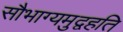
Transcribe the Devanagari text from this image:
सौभाग्यमुद्वहति